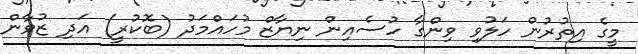
މީގެ އިތުރުން ހަލުވި ވިންގާ ހުސެއިން ނިޔާޒް މުހައްމަދު (ބޮކުރީ) އަދި ޒުވާން